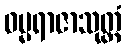
ဓမ္မရာဇာသုတ္တံ